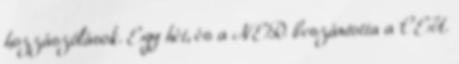
hozzászólások. Egy hét, és a NER beszántotta a CEU